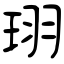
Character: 珝